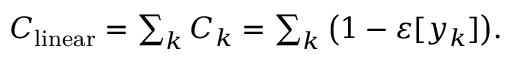
\begin{array} { r } { C _ { \mathrm { l i n e a r } } = \sum _ { k } C _ { k } = \sum _ { k } \big ( 1 - \varepsilon [ y _ { k } ] \big ) . } \end{array}